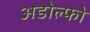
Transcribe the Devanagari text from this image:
अडोल्फो